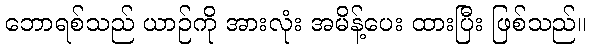
ဘောရစ်သည် ယာဉ်ကို အားလုံး အမိန့်ပေး ထားပြီး ဖြစ်သည်။